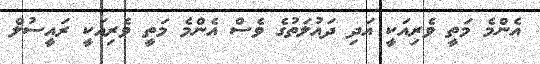
އެންމެ މަތީ ވެރިއަކީ އަދި ދައުލަތުގެ ވެސް އެންމެ މަތީ ވެރިއަކީ ރައީސުލް